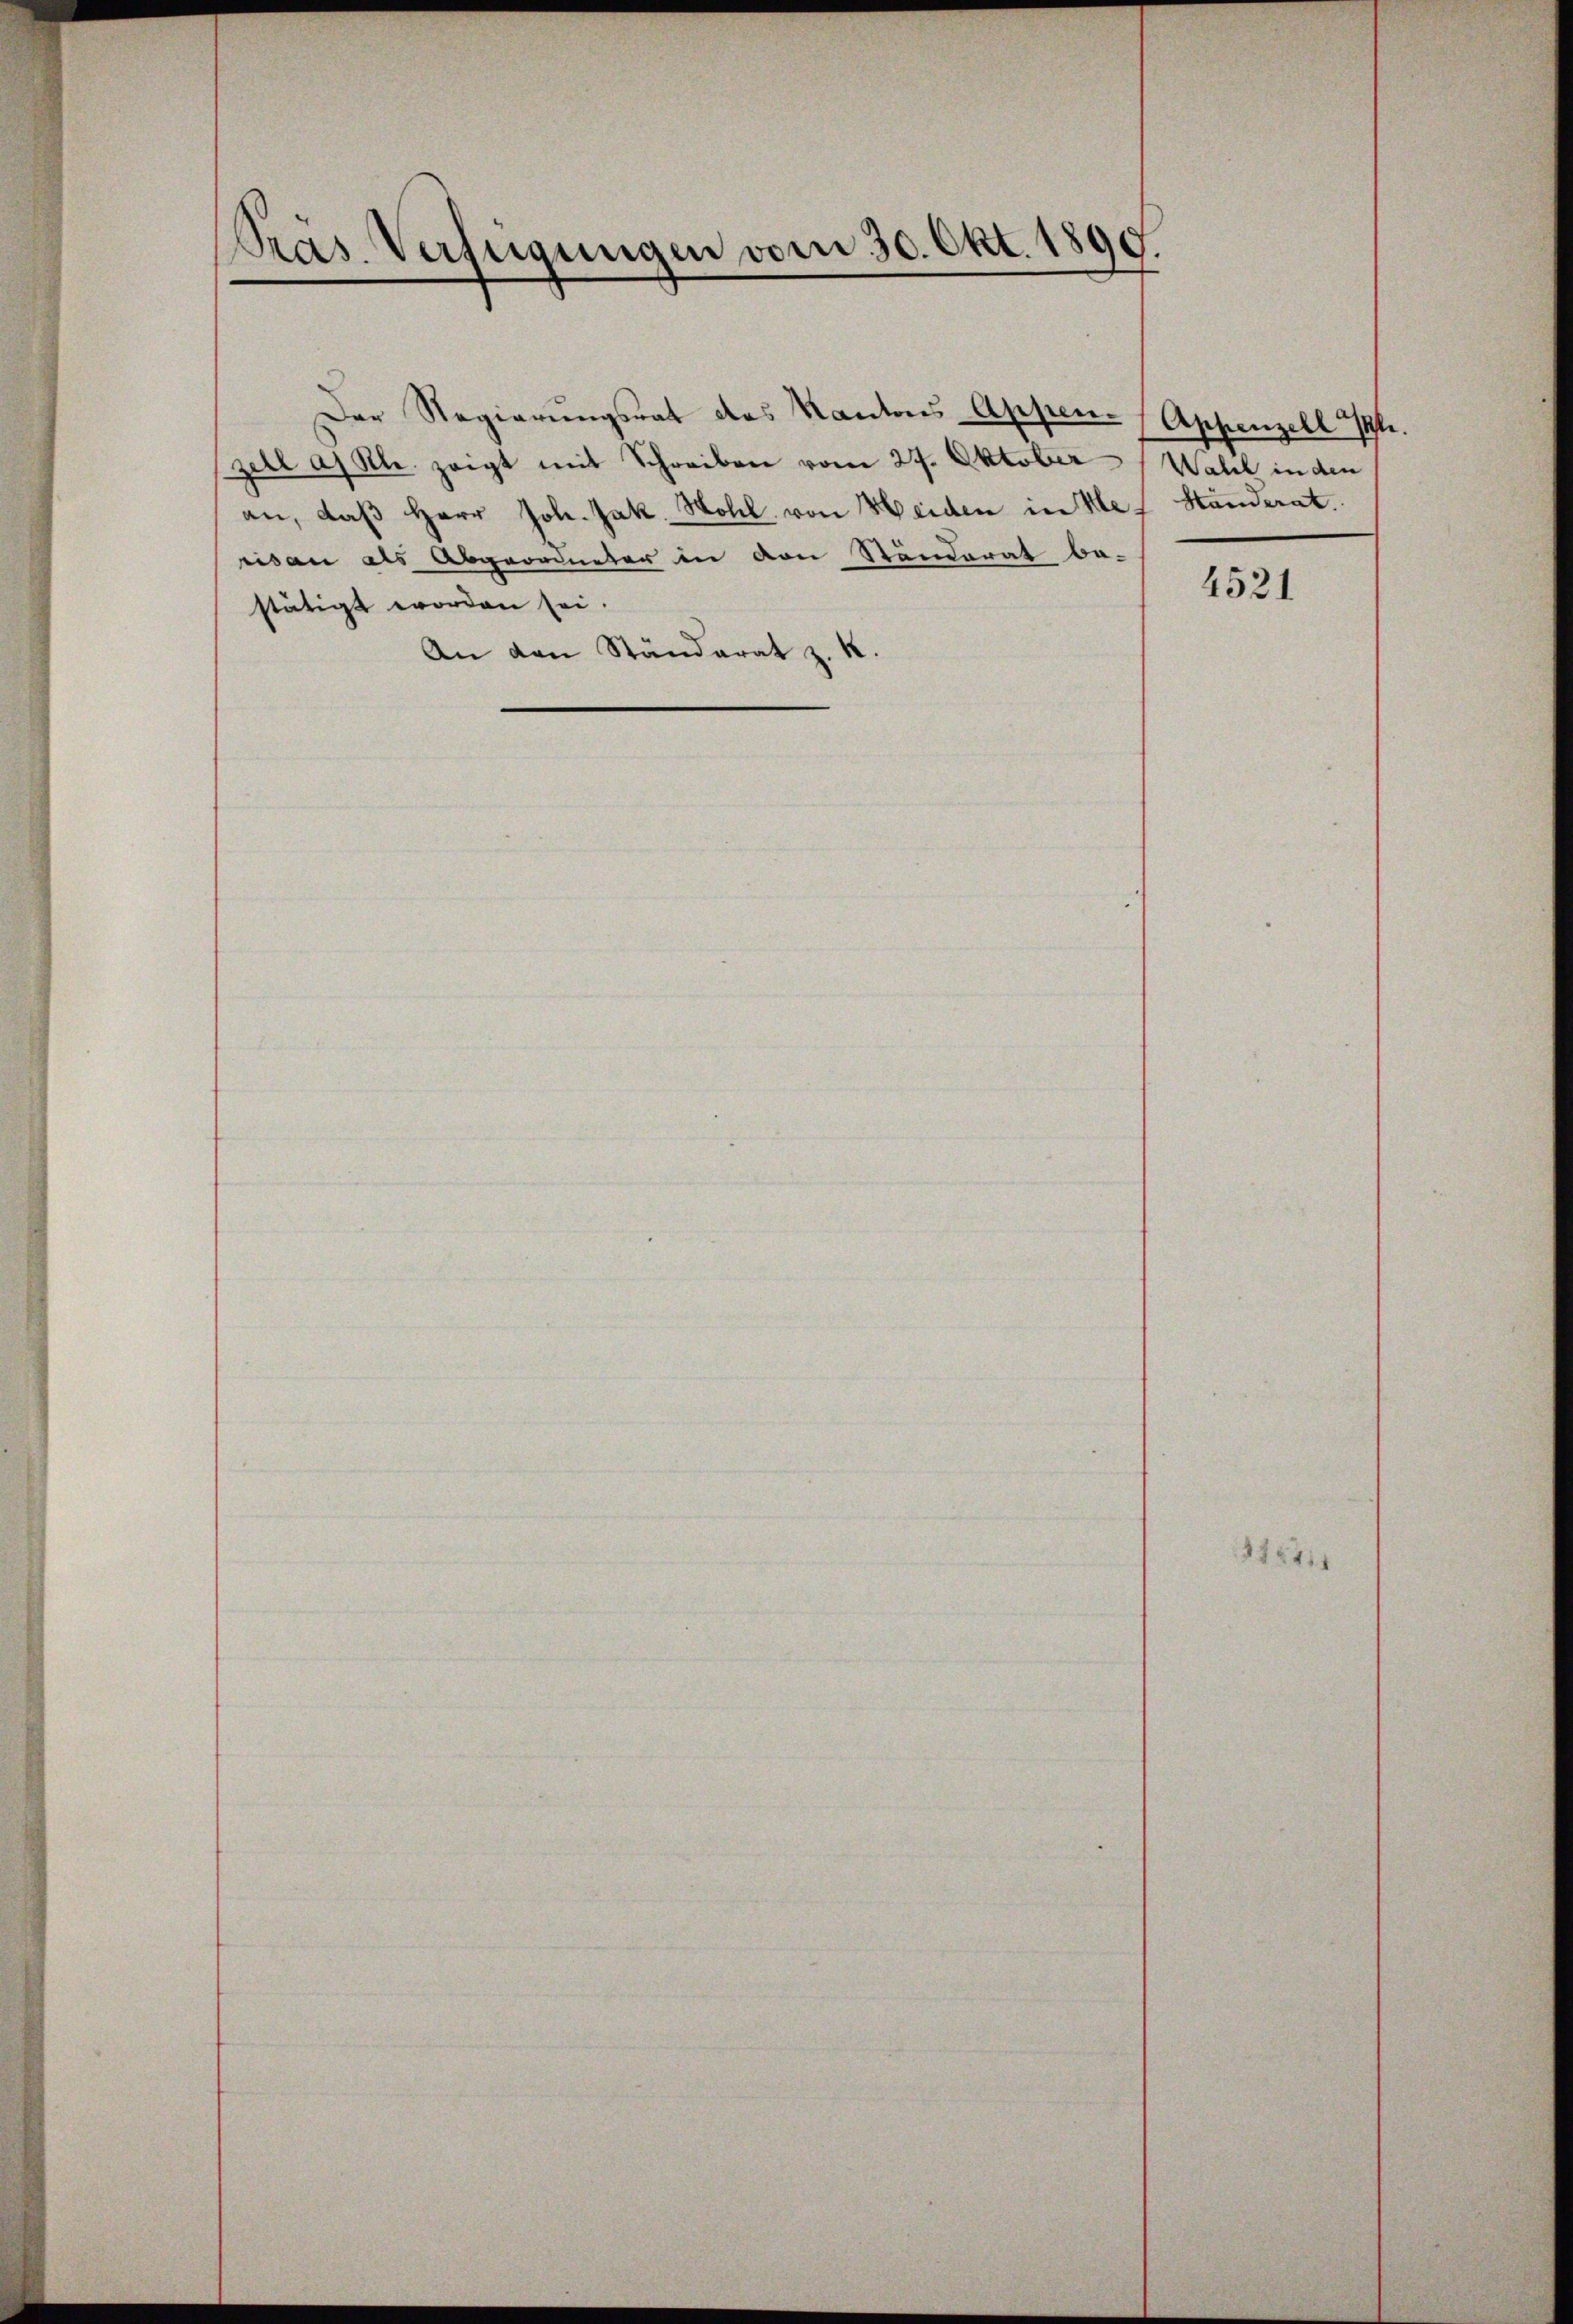
Präs. Verfügungen vom 30. Okt. 180
1.
7

Der Regierungsrat des Kantons-Appenzell a. Kl. zeigt mit Schreiben vom 27. Oktober Wahl in den
an, daβ Herr Joh. Jak. Wohl von Heiden in Mex Ständerat.
ris an als Abgeordneter in von Ständerat be-
stätigt worden sei.
An den Ständerat z. K.

Appenzell 14.

4521

375411